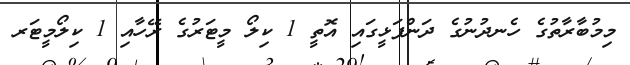
މިމުބާރާތުގެ ހެނދުނުގެ ދަންފަޅީގައި އޮތީ 1 ކިލޯ މީޓަރުގެ ރޭހާއި 1 ކިލޯމީޓަރ